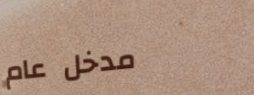
مدخل عام